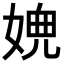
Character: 𡟉